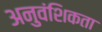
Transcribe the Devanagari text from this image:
अनुवंशिकता